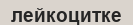
лейкоцитке